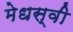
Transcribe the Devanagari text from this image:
मेधस्वी